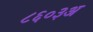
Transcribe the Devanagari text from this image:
८६०३अ